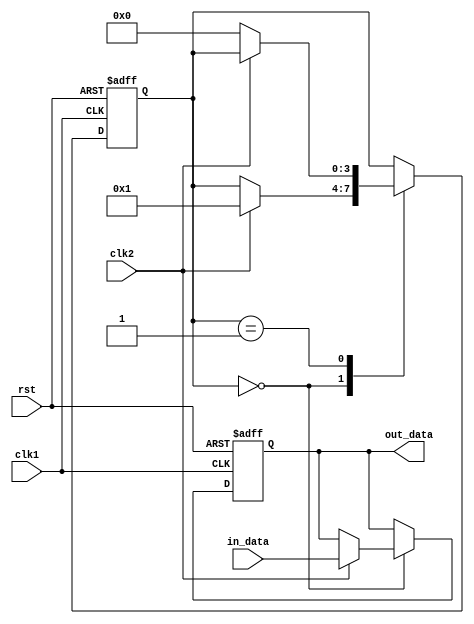
module burst_synchronizer (
    input wire clk1, // Clock signal of first clock domain
    input wire clk2, // Clock signal of second clock domain
    input wire rst, // Reset signal
    input wire in_data, // Input data signal
    output reg out_data // Synchronized output data signal
);

reg [3:0] state; // State variable to manage synchronization process

always @(posedge clk1 or posedge rst) begin
    if (rst) begin
        state <= 0;
        out_data <= 0;
    end else begin
        case (state)
            0: begin
                if (clk2) begin
                    out_data <= in_data;
                    state <= 1;
                end
            end
            1: begin
                if (!clk2) begin
                    state <= 0;
                end
            end
        endcase
    end
end

endmodule